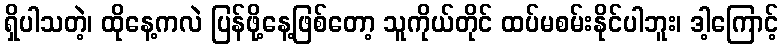
ရှိပါသတဲ့၊ ထိုနေ့ကလဲ ပြန်ဖို့နေ့ဖြစ်တော့ သူကိုယ်တိုင် ထပ်မစမ်းနိုင်ပါဘူး၊ ဒါ့ကြောင့်